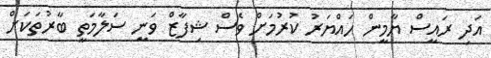
އަދި ރައީސް ޔާމީން ހައްޔަރު ކުރުމަށް ވެސް ޝިފާޒް ވަނީ ސަލާމަތީ ބާރުތަކަށް